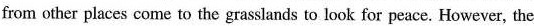
from other places come to the grasslands to look for peace. However, the